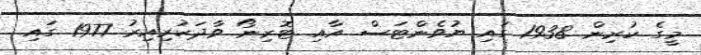
މީގެ ކުރިން 1938 ގައި ޔުވެންޓަސް އާއި ޓޮރިނޯ ވާދަކުރިއިރު 1977 ގައި